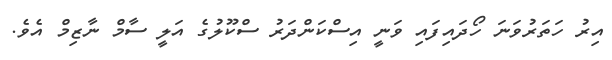
އިރު ހަތަރުވަނަ ހޯދައިފައި ވަނީ އިސްކަންދަރު ސްކޫލުގެ އަލީ ސާމް ނާޒިމް އެވެ.